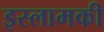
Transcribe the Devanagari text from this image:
इस्लामकी